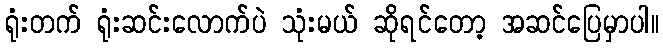
ရုံးတက် ရုံးဆင်းလောက်ပဲ သုံးမယ် ဆိုရင်တော့ အဆင်ပြေမှာပါ။